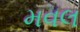
મવલ